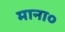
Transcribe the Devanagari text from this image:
माना०